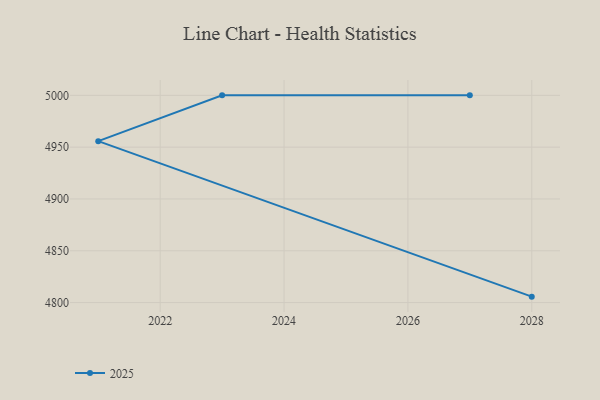
{"axis": {"x": "Year", "y": "Conversion Rate (%)"}, "legend": ["2025"], "data": [{"x": "2028", "y": 4805.7, "type": "2025"}, {"x": "2021", "y": 4955.8, "type": "2025"}, {"x": "2023", "y": 5000, "type": "2025"}, {"x": "2027", "y": 5000, "type": "2025"}]}